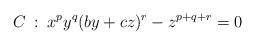
LaTeX: \begin{align*}C\::\:x^py^q(by+cz)^r-z^{p+q+r}=0\end{align*}